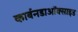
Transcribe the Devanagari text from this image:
कार्बनडाऑक्साइड